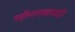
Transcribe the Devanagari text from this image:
गडीमाणसांसाठी